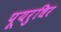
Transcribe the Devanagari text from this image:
पूयरुधिर